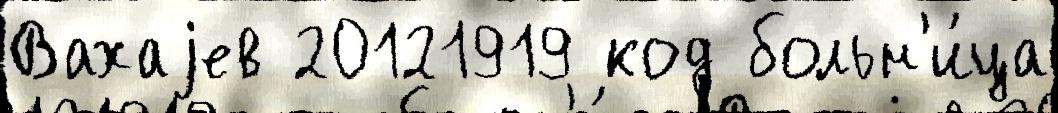
Вахаjев 20121919 код больн'и́ца